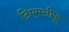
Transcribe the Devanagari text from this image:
टिएमसीफू